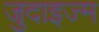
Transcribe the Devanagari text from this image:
जुदाइज्म